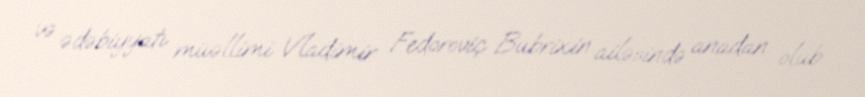
və ədəbiyyatı müəllimi Vladimir Fedoroviç Bubrixin ailəsində anadan olub.